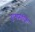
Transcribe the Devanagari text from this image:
शुभप्रतीक